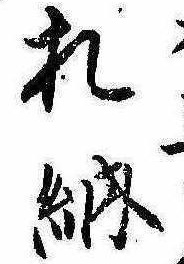
札納